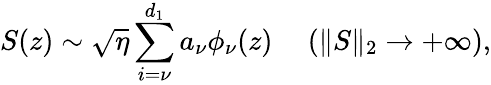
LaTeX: S(z)\sim\sqrt{\eta}\sum_{i=\nu}^{d_{1}}a_{\nu}\phi_{\nu}(z)\ \ \ \ \ (\| S\| _{2}\to+\infty),